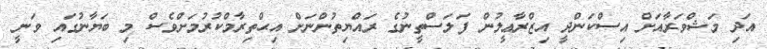
އަދި މަޝްވަރާއަށް އިސްކަންދީ އިޒްރާޢީލުން ފަލަސްތީނުގެ ރައްޔިތުންނަށް އިޙްތިރާމްކުރުމަށްވެސް މި ބަޔާނުގައި ވަނީ